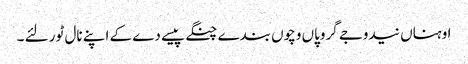
اوہناں نیدوجے گروپاں وچوں بندے چنگے پیسے دے کے اپنے نال ٹور لئے ۔